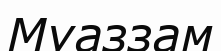
Муаззам